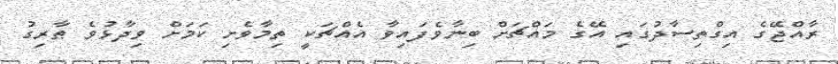
ރާއްޖޭގެ އިގްތިސާދުގައި އޭގެ މައްޗަށް ބިނާވެފައިވާ އެއްޗަކީ ތިމާވެށި ކަަމަށް ވިދާޅުވެ ޠާރިގު